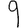
Digit: 9